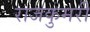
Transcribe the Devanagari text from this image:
राजकुमरी